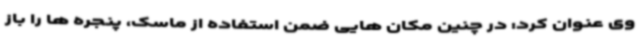
وی عنوان کرد: در چنین مکان هایی ضمن استفاده از ماسک، پنجره ها را باز